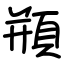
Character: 頩